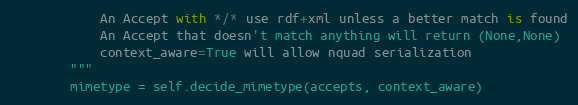
Language: Python
		    An Accept with */* use rdf+xml unless a better match is found
		    An Accept that doesn't match anything will return (None,None)
		    context_aware=True will allow nquad serialization
		"""
		mimetype = self.decide_mimetype(accepts, context_aware)